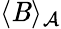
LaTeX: \langle\mathit{B}\rangle_{\mathcal{{A}}}